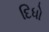
દિધો